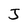
Character: J